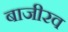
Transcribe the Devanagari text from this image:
बाजीरव